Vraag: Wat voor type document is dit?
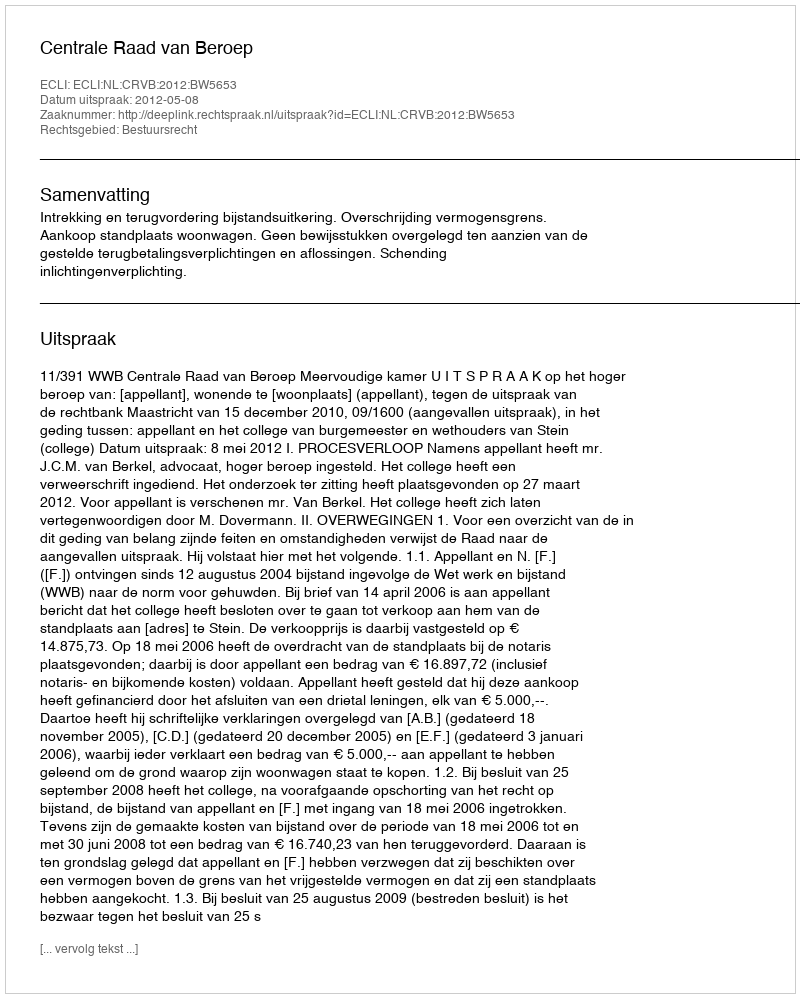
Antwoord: Uitspraak